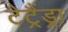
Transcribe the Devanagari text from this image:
टेट्रैंड्रा